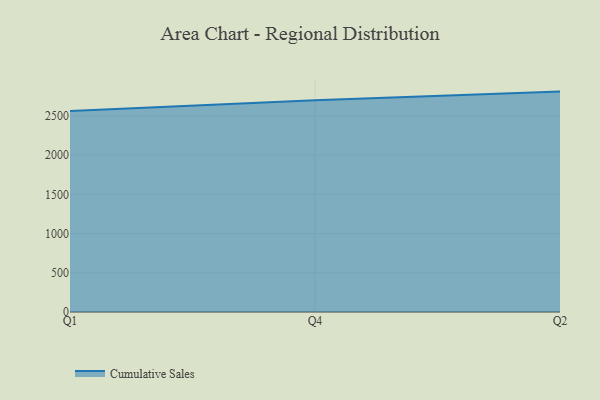
{"axis": {"x": "Quarter", "y": "Backlog"}, "legend": ["Cumulative Sales"], "data": [{"x": "Q1", "y": 2560.5, "type": "Cumulative Sales"}, {"x": "Q4", "y": 2699.2, "type": "Cumulative Sales"}, {"x": "Q2", "y": 2808.9, "type": "Cumulative Sales"}]}